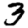
Digit: 3